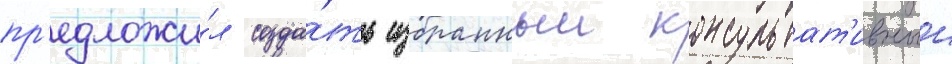
пр'едложи́л созда́ть избранныи консультат'ивныи